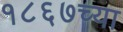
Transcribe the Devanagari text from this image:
१८६७च्या